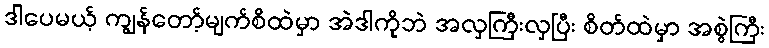
ဒါပေမယ့် ကျွန်တော့်မျက်စိထဲမှာ အဲဒါကိုဘဲ အလှကြီးလှပြီး စိတ်ထဲမှာ အစွဲကြီး